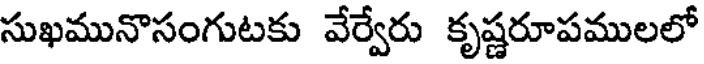
సుఖమునొసంగుటకు వేర్వేరు కృష్ణరూపములలో